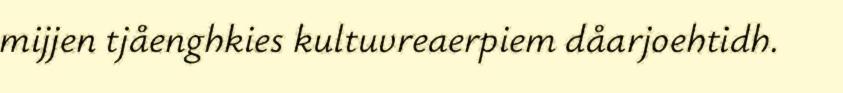
mijjen tjåenghkies kultuvreaerpiem dåarjoehtidh.